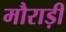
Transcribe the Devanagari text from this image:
मौराड़ी